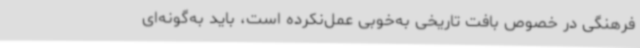
فرهنگی در خصوص بافت تاریخی به‌خوبی عمل‌نکرده است، باید به‌گونه‌ای